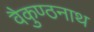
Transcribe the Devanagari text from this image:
वैकुण्ठनाथ